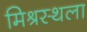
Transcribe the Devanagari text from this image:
मिश्रस्थला